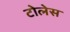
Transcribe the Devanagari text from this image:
टोलेस